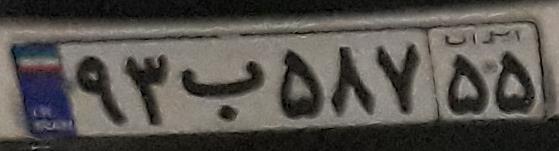
۹۳ب۵۸۷۵۵